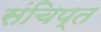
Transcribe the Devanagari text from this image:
संचिप्त